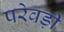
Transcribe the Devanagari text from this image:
परेवड़ी